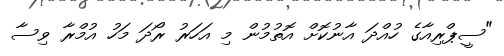
"ސީޕްރިއާގެ ހުއްދަ އާނުކޮށް އޮތުމުން މި އަހަރު ރޯދަ މަހު އުމްރާ ވިސާ